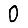
Digit: 0